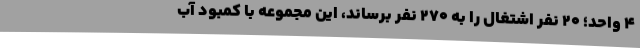
4 واحد؛ 20 نفر اشتغال را به 270 نفر برساند، این مجموعه با کمبود آب